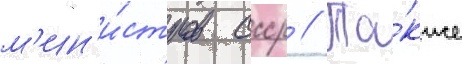
м'ин'и́стров ссср // Та́кже